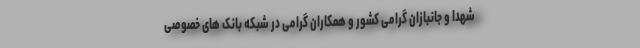
شهدا و جانبازان گرامی کشور و همکاران گرامی در شبکه بانک های خصوصی